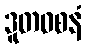
ဒူတဝစနံ